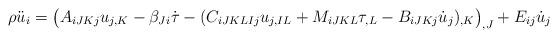
LaTeX: \begin{align*}\rho \ddot{u}_i = \big(A_{iJKj} u_{j,K} - \beta_{Ji} \dot{\tau} -(C_{iJKLIj} u_{j,IL} + M_{iJKL} \tau_{,L} - B_{iJKj}\dot{u}_{j})_{,K}\big)_{,J} +E_{ij} \dot{u}_{j}\end{align*}